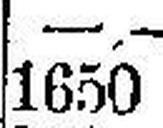
1650